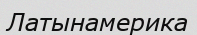
Латынамерика